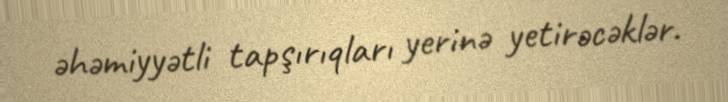
əhəmiyyətli tapşırıqları yerinə yetirəcəklər.